Lunatic asylums Bombay report 1891-1903 - 1891-1903
Year: 1891
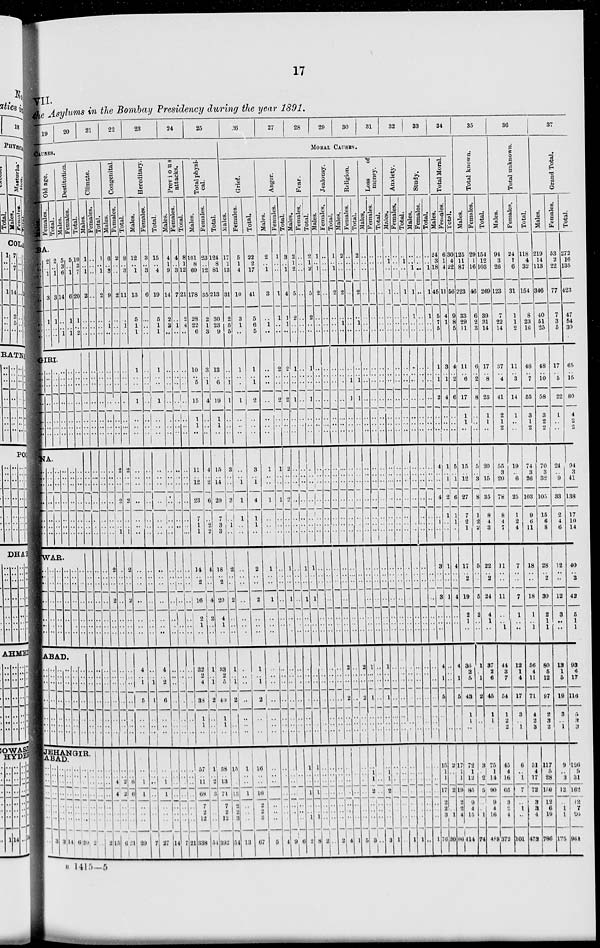
17
VII.
the Asylums in the Bombay Presidency during the year 1891.
19
20
21
22
23
24
25
CAUSES.
Old age.
Males.
Females.
BA.
..
..
..
..
..
..
..
2
..
1
3
1
..
..
Total.
2
..
1
3
1
..
..
Destitution.
Males.
5
3
6
14
..
..
1
GIRI.
..
..
..
..
..
..
..
..
..
..
..
..
..
..
..
..
..
..
..
..
..
NA.
..
..
..
..
..
..
..
..
..
..
..
..
..
..
..
..
..
..
..
..
..
..
..
..
..
..
..
..
..
..
..
..
..
..
..
WAR.
..
..
..
..
..
..
..
..
..
..
..
..
..
..
..
..
..
..
..
..
..
..
..
..
..
..
..
..
ABAD.
..
..
..
..
..
..
..
..
..
..
..
..
..
..
..
..
..
..
..
..
..
..
..
..
..
..
..
..
Females.
5
..
1
6
1
..
1
..
..
..
..
..
..
..
..
..
..
..
..
..
..
..
..
..
..
..
..
..
..
..
..
..
..
..
..
Total.
10
3
7
20
1
..
2
..
..
..
..
..
..
..
..
..
..
..
..
..
..
..
..
..
..
..
..
..
..
..
..
..
..
..
..
Climate.
Males.
1
..
1
2
..
..
..
..
..
..
..
..
..
..
..
..
..
..
..
..
..
..
..
..
..
..
..
..
..
..
..
..
..
..
..
JEHANGIR,
ABAD
..
..
..
..
..
..
..
..
..
..
..
..
..
..
..
3
..
..
..
..
..
..
..
3
..
..
..
..
..
..
..
14
..
..
..
..
..
..
..
6
..
..
..
..
..
..
..
20
..
..
..
..
..
..
..
2
Females.
..
..
..
..
..
..
..
..
..
..
..
..
..
..
..
..
..
..
..
..
..
..
..
..
..
..
..
..
..
..
..
..
..
..
..
..
..
..
..
..
..
..
..
Total.
1
..
1
2
..
..
..
..
..
..
..
..
..
..
..
..
..
..
..
..
..
..
..
..
..
..
..
..
..
..
..
..
..
..
..
..
..
..
..
..
..
..
2
Congenital.
Males.
6
..
3
9
..
1
..
..
..
..
..
..
..
..
..
..
..
..
..
..
..
2
..
..
2
..
..
..
..
..
..
..
..
..
..
..
..
4
4
..
..
..
15
Females.
2
..
..
2
..
..
..
..
..
..
..
..
..
..
2
..
..
2
..
..
1
..
..
..
..
..
..
..
..
..
..
..
..
..
..
..
..
2
2
..
..
..
6
Total.
8
..
3
11
..
1
..
..
..
..
..
..
..
..
2
..
..
2
..
..
1
2
..
..
2
..
..
..
..
..
..
..
..
..
..
..
..
6
6
..
..
..
21
Hereditary.
Males.
12
..
1
13
5
1
1
1
..
..
1
..
..
..
..
..
..
..
..
..
..
..
..
..
..
..
..
..
4
..
1
5
..
..
..
..
..
1
1
..
..
..
20
Females.
3
..
3
6
..
..
..
..
..
..
..
..
..
..
..
..
..
..
..
..
..
..
..
..
..
..
..
..
..
..
1
1
..
..
..
..
..
..
..
..
..
..
7
Total.
15
..
4
19
5
1
1
1
..
..
1
..
..
..
..
..
..
..
..
..
..
..
..
..
..
..
..
..
4
..
2
6
..
..
..
..
..
1
1
..
..
..
27
Previous
attacks.
Males.
4
1
9
14
2
3
..
..
..
..
..
..
..
..
..
..
..
..
..
..
..
..
..
..
..
..
..
..
..
..
..
..
..
..
..
..
..
..
..
.. ..
..
14
Females.
4
..
3
7
..
1
..
..
..
..
..
..
..
..
..
..
..
..
..
..
..
..
..
..
..
..
..
..
..
..
..
..
..
..
..
..
..
..
..
..
..
..
7
Total.
8
1
12
21
2
4
..
..
..
..
..
..
..
..
..
..
..
..
..
..
..
..
..
..
..
..
..
..
..
..
..
..
..
..
..
..
..
..
..
..
..
..
21
Total physi-
cal.
Males.
101
8
69
178
28
22
6
10
..
5
15
1
1
..
11
..
12
23
7
1
1
14
..
2
16
2
1
..
32
2
4
38
1
1
..
57
..
11
68
7
2
12
338
Females.
23
..
12
35
2
1
3
3
..
1
4
..
..
..
4
..
2
6
..
2
2
4
..
..
4
2
..
..
1
..
1
2
..
..
..
1
..
2
3
..
..
..
54
Total.
124
8
81
213
30
23
9
13
..
6
19
1
1
..
15
..
14
29
7
3
3
18
..
2
20
4
1
..
33
2
5
40
1
1
..
58
..
13
71
7
2
12
392
26
27
28
29
30
31
32
33
34
MORAL CAUSES.
Grief.
Males.
17
1
13
31
2
5
5
..
..
1
1
..
..
..
3
..
..
3
..
1
..
2
..
..
2
..
..
..
1
..
1
2
..
..
..
15
..
..
15
2
2
3
54
Females.
5
1
4
10
3
1
..
1
..
..
1
..
..
..
..
..
1
1
1
..
..
..
..
..
..
..
..
..
..
..
..
..
..
..
..
1
..
..
1
..
..
..
13
Total.
22
2
17
41
5
6
5
1
..
1
2
..
..
..
3
..
1
4
1
1
..
2
..
..
2
..
..
..
1
..
1
2
..
..
..
16
..
..
16
2
2
3
67
Anger.
Males.
2
..
1
3
..
1
..
..
..
..
..
..
..
..
1
..
..
1
..
..
..
1
..
..
1
..
..
..
..
..
..
..
..
..
..
..
..
..
..
..
..
..
5
Females.
1
..
..
1
1
..
..
2
..
..
2
..
..
..
1
..
..
1
..
..
..
..
..
..
..
..
..
..
..
..
..
..
..
..
..
..
..
..
..
..
..
..
4
Total.
3
..
1
4
1
1
..
2
..
..
2
..
..
..
2
..
..
2
..
..
..
1
..
..
1
..
..
..
..
..
..
..
..
..
..
..
..
..
..
..
..
..
9
Fear.
Males.
2
1
2
5
2
..
..
1
..
..
1
..
..
..
..
..
..
..
..
..
..
..
..
..
..
..
..
..
..
..
..
..
..
..
..
..
..
..
..
..
..
..
6
Females.
..
..
..
..
..
..
..
..
..
..
..
..
..
..
..
..
..
..
..
..
..
1
..
..
1
..
..
..
..
..
..
..
..
..
..
1
..
..
1
..
..
1
2
Total.
2
1
2
5
2
..
..
1
..
..
1
..
..
..
..
..
..
..
..
..
..
1
..
..
1
..
..
..
..
..
..
..
..
..
..
1
..
..
1
..
..
1
8
Jealousy.
Males.
1
..
1
2
..
..
..
..
..
..
..
..
..
..
..
..
..
..
..
..
..
..
..
..
..
..
..
..
..
..
..
..
..
..
..
..
..
..
..
..
..
..
2
Females.
..
..
..
..
..
..
..
..
..
..
..
..
..
..
..
..
..
..
..
..
..
..
..
..
..
..
..
..
..
..
..
..
..
..
..
..
..
..
..
..
..
..
..
Total.
1
..
1
2
..
..
..
..
..
..
..
..
..
..
..
..
..
..
..
..
..
..
..
..
..
..
..
..
..
..
..
..
..
..
..
..
..
..
..
..
..
..
2
Religion.
Males.
2
..
..
2
..
1
..
..
..
..
..
..
..
..
..
..
..
..
..
..
..
..
..
..
..
..
..
..
2
..
..
2
..
..
..
..
..
..
..
..
..
..
4
Females.
..
..
..
..
..
..
..
..
..
1
1
..
..
..
..
..
..
..
..
..
..
..
..
..
..
..
..
..
..
..
..
..
..
..
..
..
..
..
..
..
..
..
1
Total.
2
..
..
2
..
1
..
..
..
1
1
..
..
..
..
..
..
..
..
..
..
..
..
..
..
..
..
..
2
..
..
2
..
..
..
..
..
..
..
..
..
..
5
Loss
of
money.
Males.
..
..
..
..
..
..
..
..
..
..
..
..
..
..
..
..
..
..
..
..
..
..
..
..
..
..
..
..
1
..
..
1
..
..
..
..
..
1
2
..
..
..
3
Females.
..
..
..
..
..
..
..
..
..
..
..
..
..
..
..
..
..
..
..
..
..
..
..
..
..
..
..
..
..
..
..
..
..
..
..
..
..
..
..
..
..
..
..
Total.
..
..
..
..
..
..
..
..
..
..
..
..
..
..
..
..
..
..
..
..
..
..
..
..
..
..
..
..
1
..
..
1
..
..
..
..
..
1
2
..
..
..
3
Anxiety.
Males.
..
1
..
1
..
..
..
..
..
..
..
..
..
..
..
..
..
..
..
..
..
..
..
..
..
..
..
..
..
..
..
..
..
..
..
..
..
..
..
..
..
..
1
Females.
..
..
..
..
..
..
..
..
..
..
..
..
..
..
..
..
..
..
..
..
..
..
..
..
..
..
..
..
..
..
..
..
..
..
..
..
..
..
..
..
..
..
..
Total.
..
1
..
1
..
..
..
..
..
..
..
..
..
..
..
..
..
..
..
..
..
..
..
..
..
..
..
..
..
..
..
..
..
..
1
..
..
..
..
..
..
..
1
Study.
Males.
..
..
1
1
1
..
..
..
..
..
..
..
..
..
..
..
..
..
..
..
..
..
..
..
..
..
..
..
..
..
..
..
..
..
..
..
..
..
..
..
..
..
1
Females.
..
..
..
..
..
..
..
..
..
..
..
..
..
..
..
..
..
..
..
..
..
..
..
..
..
..
..
..
..
..
..
..
..
..
1
..
..
..
..
..
..
..
..
Total.
..
..
1
1
1
..
..
..
..
..
..
..
..
..
..
..
..
..
..
..
..
..
..
..
..
..
..
..
..
..
..
..
..
..
..
..
..
..
..
..
..
..
1
Total Moral.
Males.
24
3
18
45
5
7
5
1
..
1
2
..
..
..
4
..
..
4
..
1
..
3
..
..
3
..
..
..
4
..
1
5
..
..
..
15
1
..
17
2
2
3
76
Females.
6
1
4
11
4
1
..
3
..
1
4
..
..
..
1
..
1
2
1
..
..
1
..
..
1
..
..
..
..
..
..
..
..
..
..
2
..
..
2
..
..
1
20
Total.
30
4
22
56
9
8
5
4
..
2
6
..
..
..
5
..
1
6
1
1
..
4
..
..
4
..
..
..
4
..
1
5
..
..
..
17
1
..
19
2
2
4
96
35
Total known.
Males.
125
11
87
223
33
29
11
11
..
6
17
1
1
..
15
..
12
27
7
2
1
17
.. 2
19
2
1
..
36
2 5
43
1
1
..
72
1
12
85
9
4
15
414
Females.
29
1
16
46
6
2
3
6
..
2
8
..
..
..
5
..
3
8
1
2
2
5
..
..
5
2
..
..
1
..
1
2
..
..
..
3
..
2
5
..
..
1
74
Total.
154
12
103
269
39
31
14
17
..
8
25
1
1
..
20
..
15
35
8
4
3
22
.. 2
24
4
1
..
37
2
6
45
1
1
..
75
1
14
90
9
4
16
488
36
Total unknown.
Males.
94
3
26
123
7
22
14
37
..
4
41
2
1
2
55
3
20
78
8
4
7
11
..
..
11
..
..
1
44
3
7
54
1
2
2
45
4
16
65
3
2
4
372
Females.
24
1
6
31
1
1
2
11
..
3
14
1
..
..
19
..
6
25
1
2
4
7
..
..
7
1
..
..
12
1
4
17
3
..
1
6
..
1
7
..
1
..
101
Total.
118
4
32
154
8
23
16
48
..
7
55
3
1
2
74
3
26
103
9
6
11
18
..
..
18
1
..
1
56
4
11
71
4
2
3
51
4
17
72
3
3
4
473
37
Grand Total.
Males.
219
14
113
346
40
51
25
48
..
10
58
3
2
2
70
3
32
105
15
6
8
28
..
2
30
2
1
1
80
5
12
97
2
3
2
117
5
28
150
12
6
19
786
Females.
53
2
22
77
7
3
5
17
..
5
22
1
..
..
24
..
9
33
2
4
6
12
..
..
12
3
..
..
13
1
5
19
3
..
1
9
..
3
12
..
1
1
175
Total.
272
16
135
423
47
54
30
65
..
15
80
4
2
2
94
3
41
138
17
10
14
40
..
2
42
5
1
1
93
6
17
116
5
3
3
126
5
31
162
12
7
20
961
B 1415—5